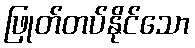
ဖြုတ်တပ်နိုင်သော